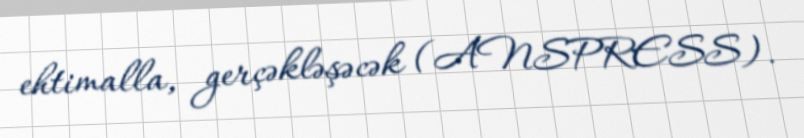
ehtimalla, gerçəkləşəcək (ANSPRESS).